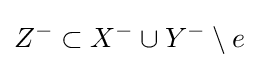
Z^{-}\subset X^{-}\cup Y^{-}\setminus e